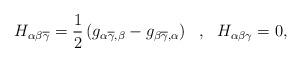
LaTeX: \begin{align*}H_{\alpha \beta \overline{\gamma}}=\frac{1}{2}\left( g_{\alpha\overline{\gamma},\beta}-g_{\beta \overline{\gamma},\alpha}\right) \ \ , \ \ H_{\alpha \beta\gamma}=0 ,\end{align*}